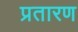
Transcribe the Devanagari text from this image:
प्रतारण